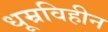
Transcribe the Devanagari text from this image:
धूम्रविहीन